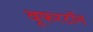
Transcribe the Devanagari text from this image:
वूफरटॉन